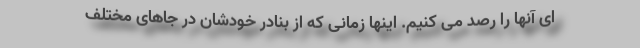
ای آنها را رصد می کنیم. اینها زمانی که از بنادر خودشان در جاهای مختلف